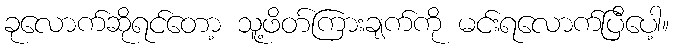
ခုလောက်ဆိုရင်တော့ သူ့ဖိတ်ကြားချက်ကို မင်းရလောက်ပြီပေါ့။